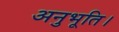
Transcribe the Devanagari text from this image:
अनुभूति।